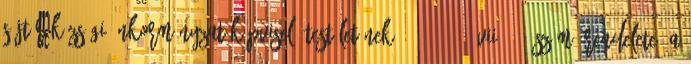
Söjtör Községi Önkormányzat Képviselő-testületének. 12 2003. VII.25. számú rendelete. a